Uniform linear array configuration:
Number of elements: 12
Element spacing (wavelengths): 0.25
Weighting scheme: kaiser
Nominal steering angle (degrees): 45
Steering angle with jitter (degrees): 44.376
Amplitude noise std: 0.05
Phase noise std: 0.05

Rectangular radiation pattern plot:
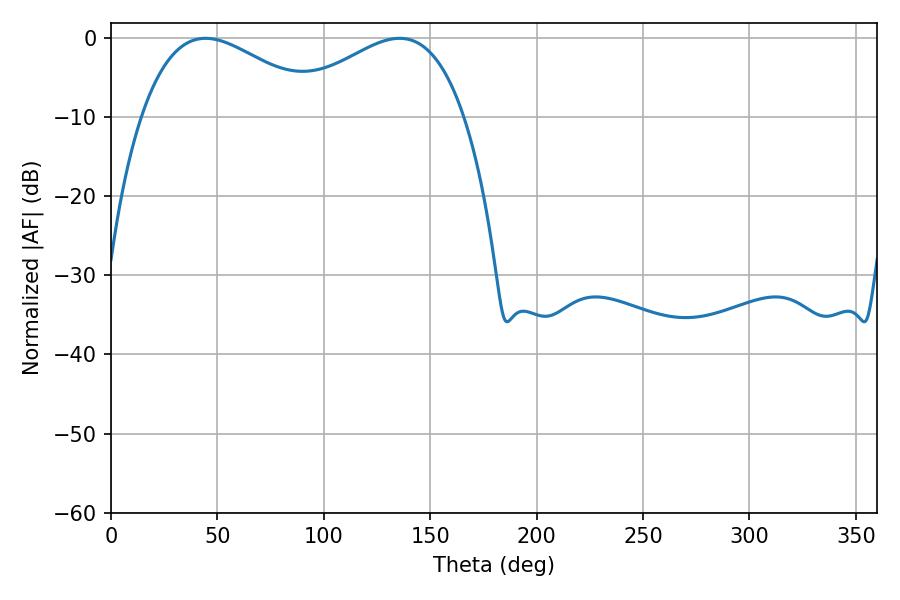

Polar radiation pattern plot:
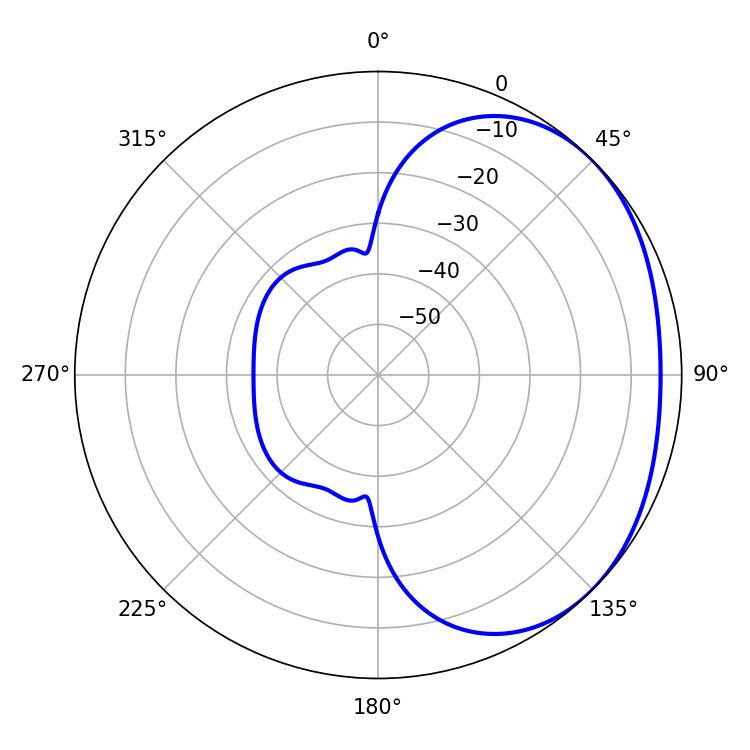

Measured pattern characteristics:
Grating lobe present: FALSE
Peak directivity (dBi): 2.087
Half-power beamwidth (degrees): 46.44
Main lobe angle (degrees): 44.46